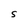
Character: S